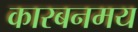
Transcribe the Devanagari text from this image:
कारबनमय